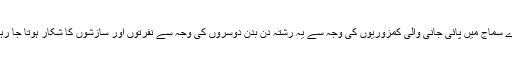
ہمارے سماج میں پائی جانی والی کمزوریوں کی وجہ سے یہ رشتہ دن بدن دوسروں کی وجہ سے نفرتوں اور سازشوں کا شکار ہوتا جا رہا ہے۔